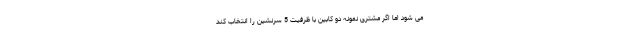
می شود اما اگر مشتری نمونه دو کابین با ظرفیت 5 سرنشین را انتخاب کند